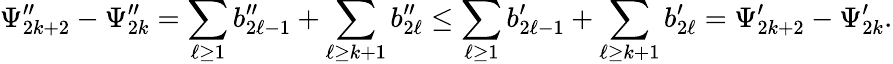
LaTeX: \Psi_{2k+2}^{\prime\prime}-\Psi_{2k}^{\prime\prime}=\sum_{\ell\geq 1}b_{2\ell-1}^{\prime\prime}+\sum_{\ell\geq k+1}b_{2\ell}^{\prime\prime}\leq\sum_{\ell\geq 1}b_{2\ell-1}^{\prime}+\sum_{\ell\geq k+1}b_{2\ell}^{\prime}=\Psi_{2k+2}^{\prime}-\Psi_{2k}^{\prime}.